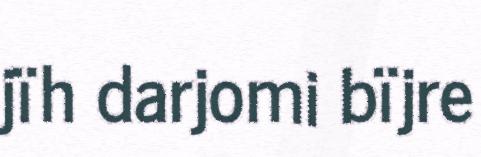
jïh darjomi bïjre